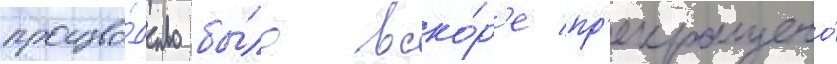
произво́дство бы́ло вско́р'е пр'екращено́